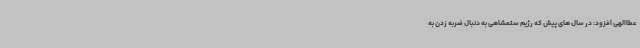
عطاالهی افزود: در سال های پیش که رژیم ستمشاهی به دنبال ضربه زدن به